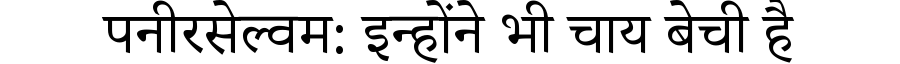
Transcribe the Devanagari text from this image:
पनीरसेल्वम: इन्होंने भी चाय बेची है